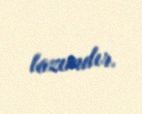
lazımdır.